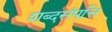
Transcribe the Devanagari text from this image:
शब्दसंपत्ति